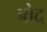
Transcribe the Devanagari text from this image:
बोद